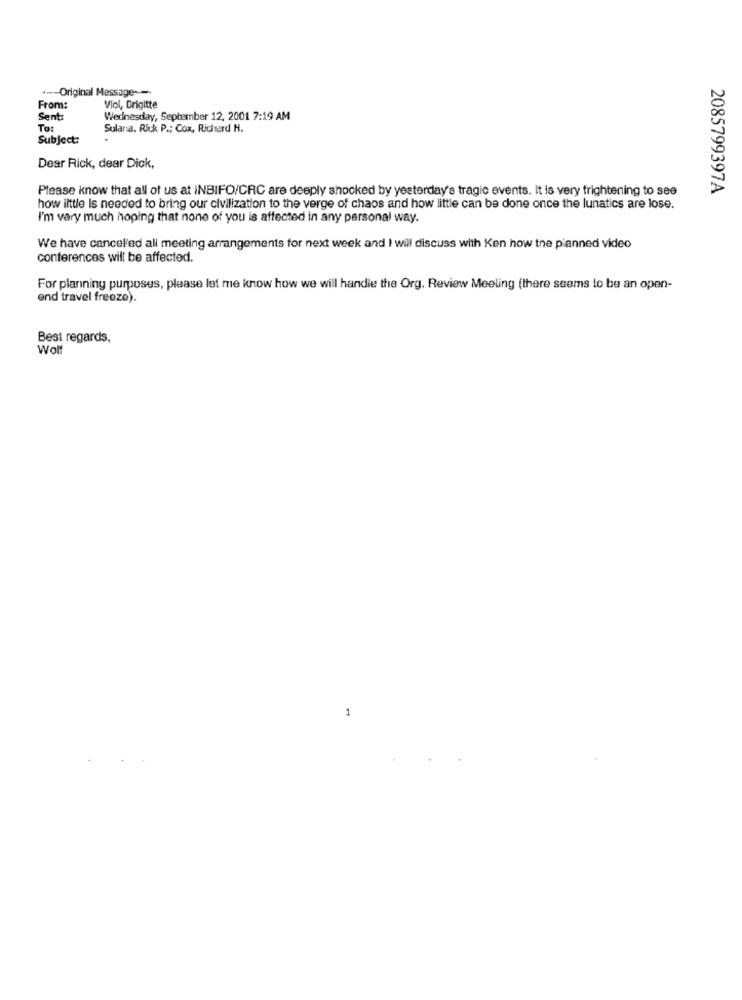
+ --- Original Message ----
From:
Viol, Brigitte
Sent:
Wednesday, September 12, 2001 7:19 AM
To:
Sulana. Rick P .; Cox, Richard H.
Subject:
Dear Rick, dear Dick,
Please know that all of us at INBIFO/CRC are deeply shocked by yesterday's tragic events. It is very frightening to see
2085799397A
how ilttle Is needed to bring our civilization to the verge of chaos and how little can be done once the lunatics are lose.
I'm vary much hoping that none of you is affected in any personal way.
We have cancelled all meeting arrangements for next week and I will discuss with Ken how the planned video
conferences will be affected.
For planning purposes, please let me know how we will handle the Org. Review Meeling (there seems to be an open-
end travel freeze).
Best regards,
Wolf
1